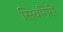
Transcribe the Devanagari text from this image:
सिवगिरी